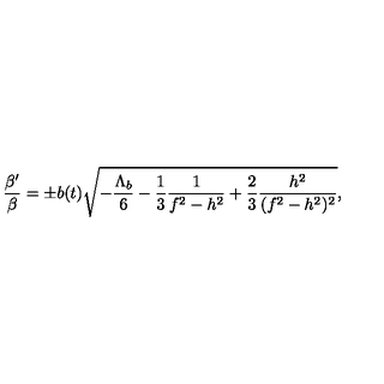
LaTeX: \frac { \beta ^ { \prime } } { \beta } = \pm b ( t ) \sqrt { - \frac { \Lambda _ { b } } { 6 } - \frac { 1 } { 3 } \frac { 1 } { f ^ { 2 } - h ^ { 2 } } + \frac { 2 } { 3 } \frac { h ^ { 2 } } { ( f ^ { 2 } - h ^ { 2 } ) ^ { 2 } } } ,